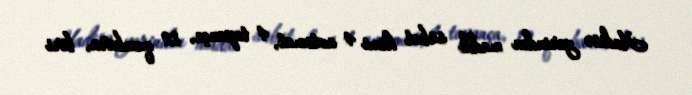
Hadisə yerindən maddi sübut kimi 4 avtomat, 4 tapança, 12 qumbara, biri